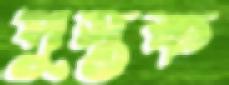
পুস্তক